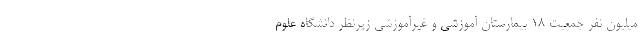
میلیون نفر جمعیت ۱۸ بیمارستان آموزشی و غیرآموزشی زیرنظر دانشگاه علوم